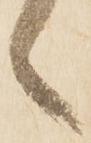
々